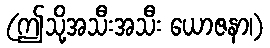
(ဤသို့အသီးအသီး ယောဇနာ၊)